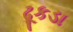
ઢૂકડા